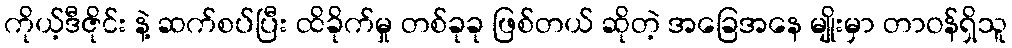
ကိုယ့်ဒီဇိုင်း နဲ့ ဆက်စပ်ပြီး ထိခိုက်မှု တစ်ခုခု ဖြစ်တယ် ဆိုတဲ့ အခြေအနေ မျိုးမှာ တာဝန်ရှိသူ